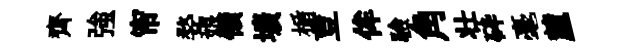
齊強帘婺娘領壙楯荳侔驗角壮砕毫麓